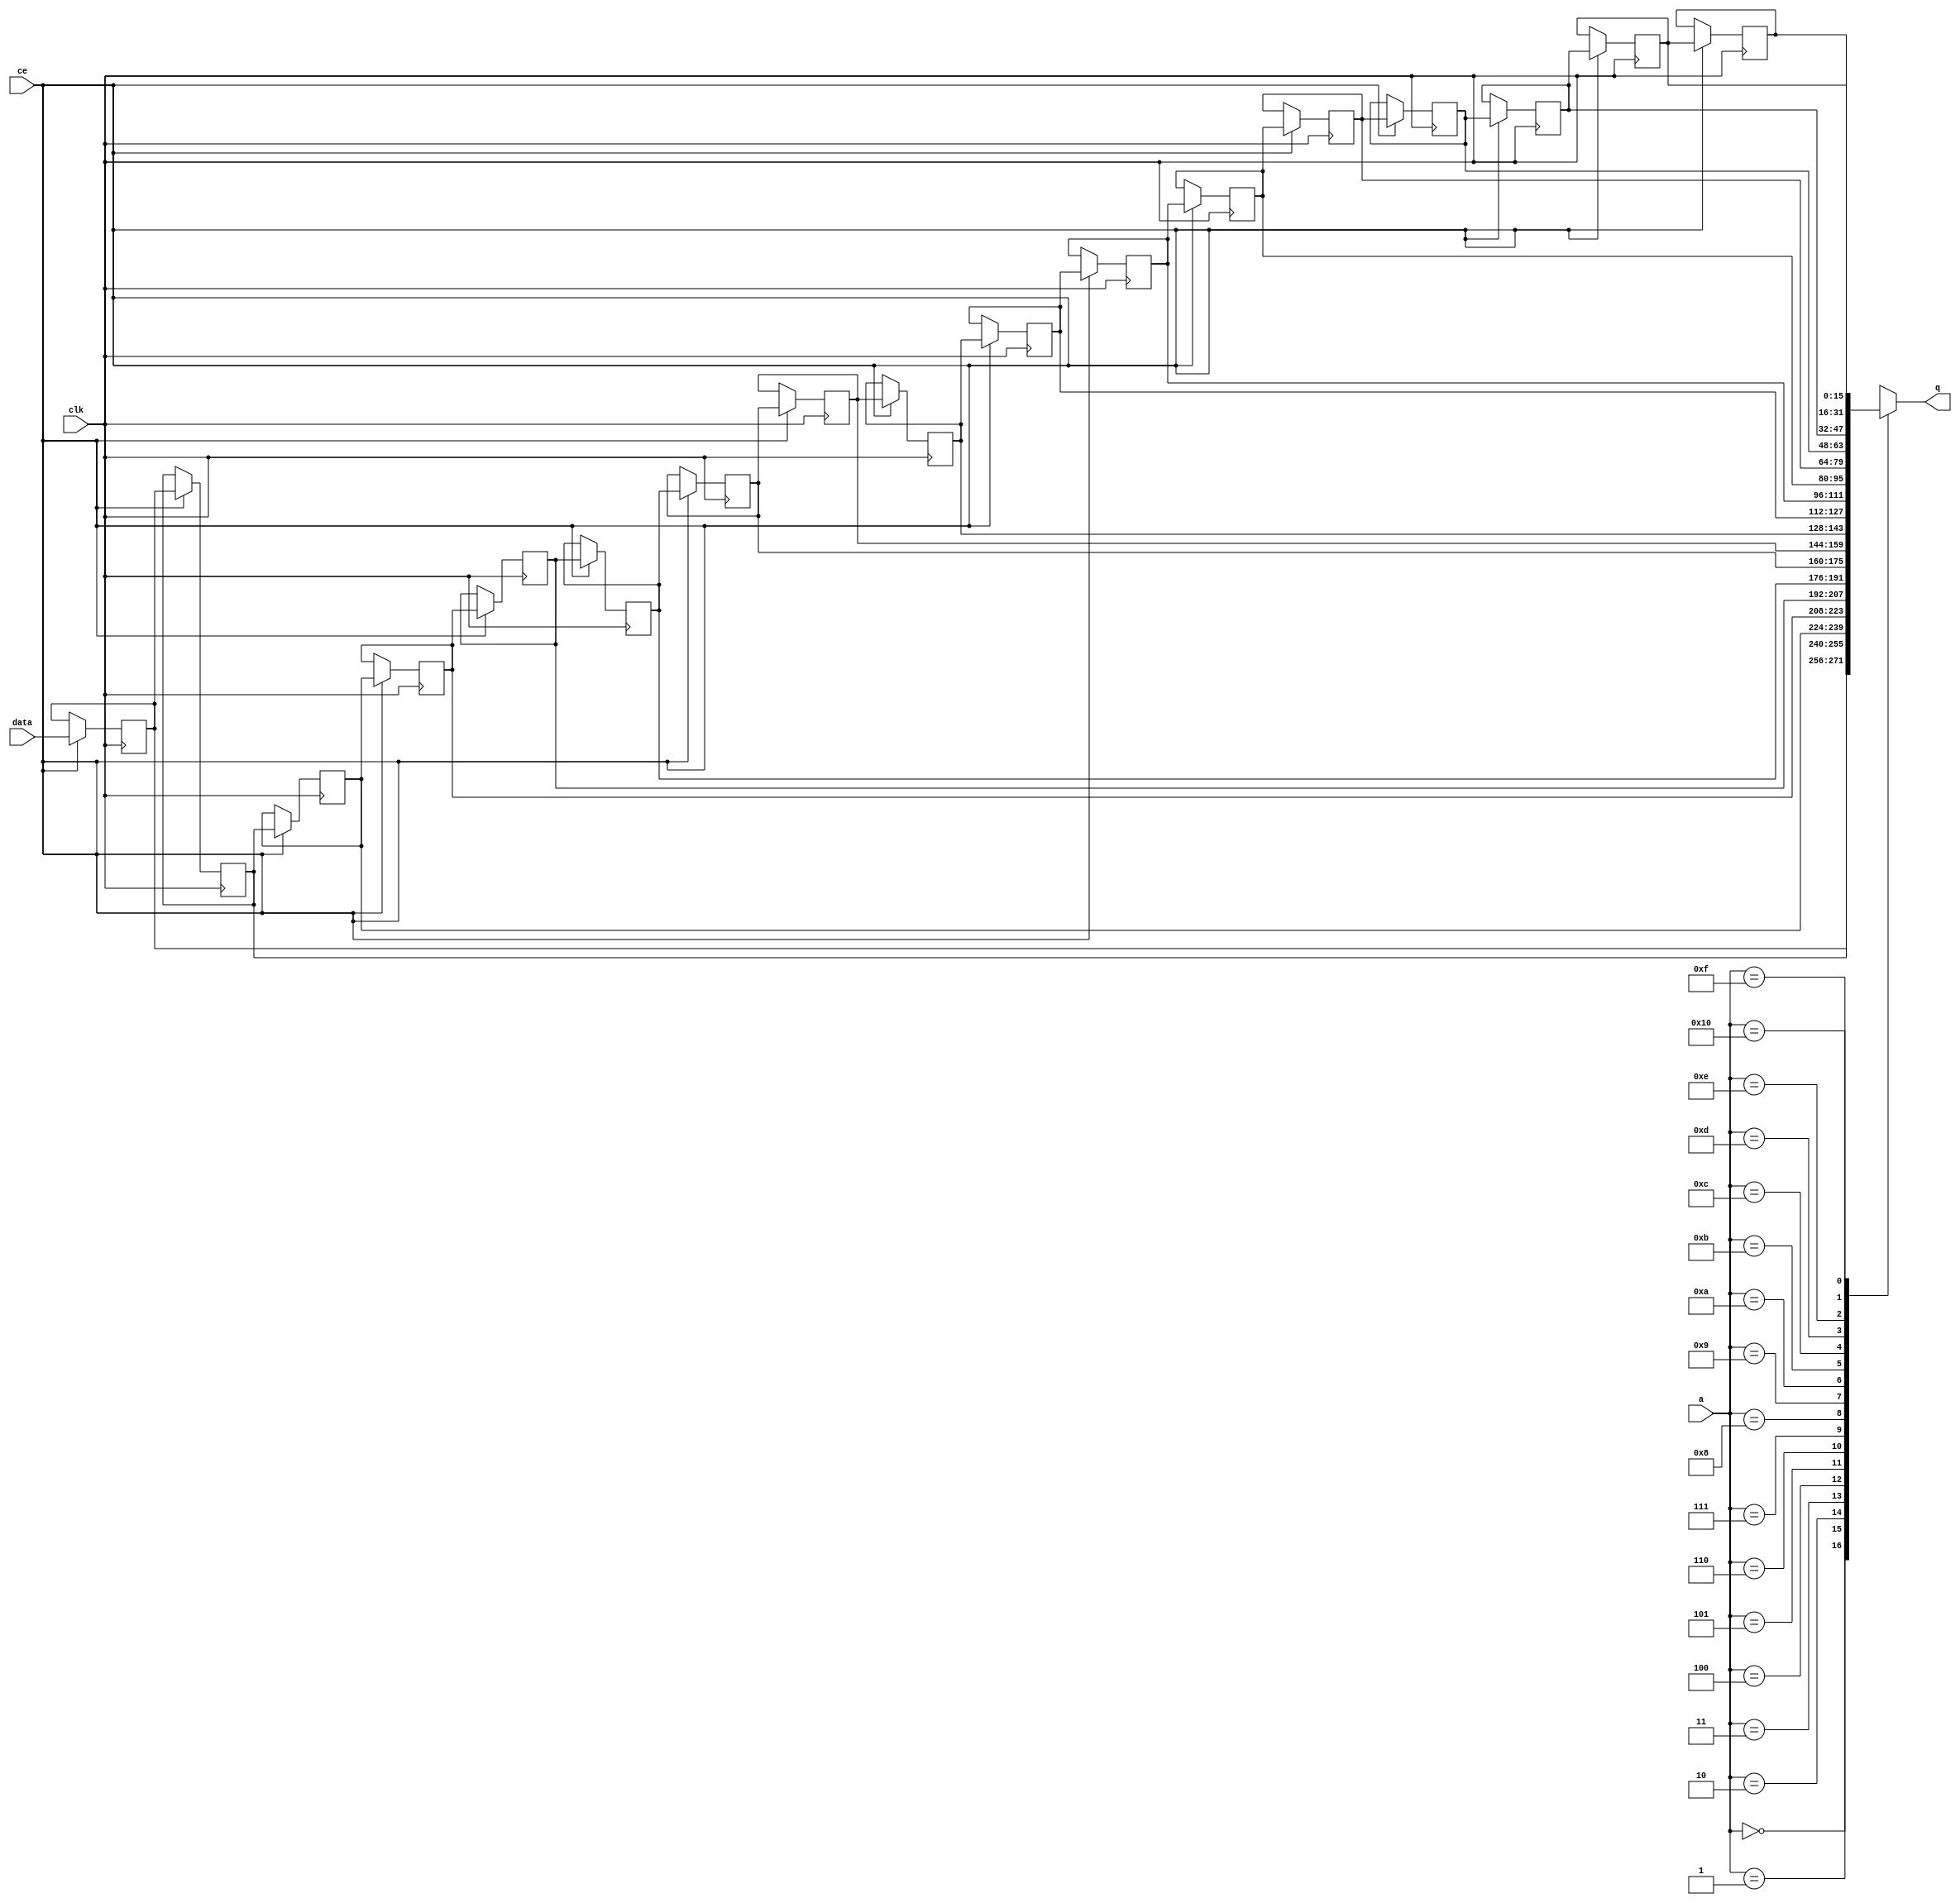
// ==============================================================
// File generated by Vivado(TM) HLS - High-Level Synthesis from C, C++ and SystemC
// Version: 2015.1
// Copyright (C) 2015 Xilinx Inc. All rights reserved.
// 
// ==============================================================


`timescale 1 ns / 1 ps

module FIFO_toe_txEng_ipMetaFifo_V_V_shiftReg (
    clk,
    data,
    ce,
    a,
    q);

parameter DATA_WIDTH = 32'd16;
parameter ADDR_WIDTH = 32'd5;
parameter DEPTH = 32'd17;

input clk;
input [DATA_WIDTH-1:0] data;
input ce;
input [ADDR_WIDTH-1:0] a;
output [DATA_WIDTH-1:0] q;

reg[DATA_WIDTH-1:0] SRL_SIG [0:DEPTH-1];
integer i;

always @ (posedge clk)
    begin
        if (ce)
        begin
            for (i=0;i<DEPTH-1;i=i+1)
                SRL_SIG[i+1] <= SRL_SIG[i];
            SRL_SIG[0] <= data;
        end
    end

assign q = SRL_SIG[a];

endmodule

module FIFO_toe_txEng_ipMetaFifo_V_V (
    clk,
    reset,
    if_empty_n,
    if_read_ce,
    if_read,
    if_dout,
    if_full_n,
    if_write_ce,
    if_write,
    if_din);

parameter MEM_STYLE = "shiftreg";
parameter DATA_WIDTH = 32'd16;
parameter ADDR_WIDTH = 32'd5;
parameter DEPTH = 32'd17;

input clk;
input reset;
output if_empty_n;
input if_read_ce;
input if_read;
output[DATA_WIDTH - 1:0] if_dout;
output if_full_n;
input if_write_ce;
input if_write;
input[DATA_WIDTH - 1:0] if_din;

wire[ADDR_WIDTH - 1:0] shiftReg_addr ;
wire[DATA_WIDTH - 1:0] shiftReg_data, shiftReg_q;
reg[ADDR_WIDTH:0] mOutPtr = {(ADDR_WIDTH+1){1'b1}};
reg internal_empty_n = 0, internal_full_n = 1;

assign if_empty_n = internal_empty_n;
assign if_full_n = internal_full_n;
assign shiftReg_data = if_din;
assign if_dout = shiftReg_q;

always @ (posedge clk) begin
    if (reset == 1'b1)
    begin
        mOutPtr <= ~{ADDR_WIDTH+1{1'b0}};
        internal_empty_n <= 1'b0;
        internal_full_n <= 1'b1;
    end
    else begin
        if (((if_read & if_read_ce) == 1 & internal_empty_n == 1) && 
            ((if_write & if_write_ce) == 0 | internal_full_n == 0))
        begin
            mOutPtr <= mOutPtr -1;
            if (mOutPtr == 0)
                internal_empty_n <= 1'b0;
            internal_full_n <= 1'b1;
        end 
        else if (((if_read & if_read_ce) == 0 | internal_empty_n == 0) && 
            ((if_write & if_write_ce) == 1 & internal_full_n == 1))
        begin
            mOutPtr <= mOutPtr +1;
            internal_empty_n <= 1'b1;
            if (mOutPtr == DEPTH-2)
                internal_full_n <= 1'b0;
        end 
    end
end

assign shiftReg_addr = mOutPtr[ADDR_WIDTH] == 1'b0 ? mOutPtr[ADDR_WIDTH-1:0]:{ADDR_WIDTH{1'b0}};
assign shiftReg_ce = (if_write & if_write_ce) & internal_full_n;

FIFO_toe_txEng_ipMetaFifo_V_V_shiftReg 
#(
    .DATA_WIDTH(DATA_WIDTH),
    .ADDR_WIDTH(ADDR_WIDTH),
    .DEPTH(DEPTH))
U_FIFO_toe_txEng_ipMetaFifo_V_V_ram (
    .clk(clk),
    .data(shiftReg_data),
    .ce(shiftReg_ce),
    .a(shiftReg_addr),
    .q(shiftReg_q));

endmodule